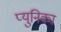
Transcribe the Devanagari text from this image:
प्युनिका